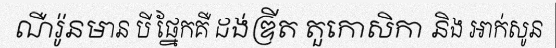
ណឺរ៉ូនមាន បី ផ្នែកគឺ ដង់ឌ្រីត តួកោសិកា និង អាក់សូន